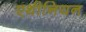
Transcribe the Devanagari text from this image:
एथीनियन